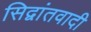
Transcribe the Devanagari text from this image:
सिद्वांतवादी